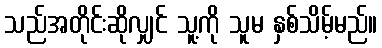
သည်အတိုင်းဆိုလျှင် သူ့ကို သူမ နှစ်သိမ့်မည်။